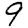
Digit: 9